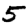
Digit: 5